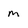
Character: m